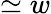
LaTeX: \simeq w